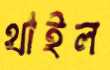
থাইল